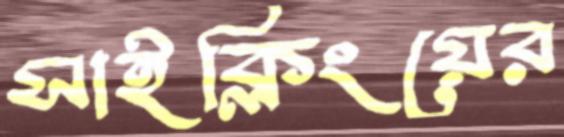
সাইক্লিংয়ের